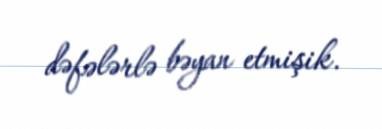
dəfələrlə bəyan etmişik.